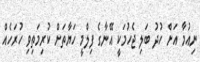
ނިއުމާ އަށް ހުދު ބަލި ޖެހުމަކީ އޭނާގެ ފިލްމީ ހަޔާތަށް ކުރިމަތިވި ހުރަހެއް